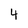
Character: 4